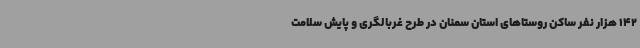
142 هزار نفر ساکن روستاهای استان سمنان در طرح غربالگری و پایش سلامت